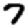
Digit: 7